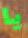
يا